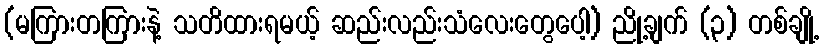
(မကြားတကြားနဲ့ သတိထားရမယ့် ဆည်းလည်းသံလေးတွေပေါ့) ညို့ချက် (၃) တစ်ချို့